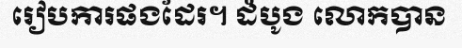
រៀបការផងដែរ។ ដំបូង លោកបាន